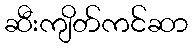
ဆီးကျိတ်ကင်ဆာ